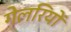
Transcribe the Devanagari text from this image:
गेलरियों